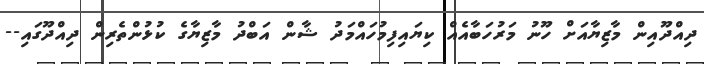
ދިއްދޫއިން މާޒިޔާއަށް ހޫނު މަރުހަބާއެއް ކިޔައިފިމުހައްމަދު ޝާން އަބްދު މާޒިޔާގެ ކުޅުންތެރިން ދިއްދޫގައި--